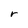
Character: r